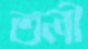
তলী